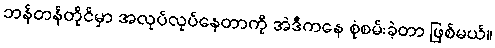
ဘန်တန်တိုင်မှာ အလုပ်လုပ်နေတာကို အဲဒီကနေ စုံစမ်းခဲ့တာ ဖြစ်မယ်။